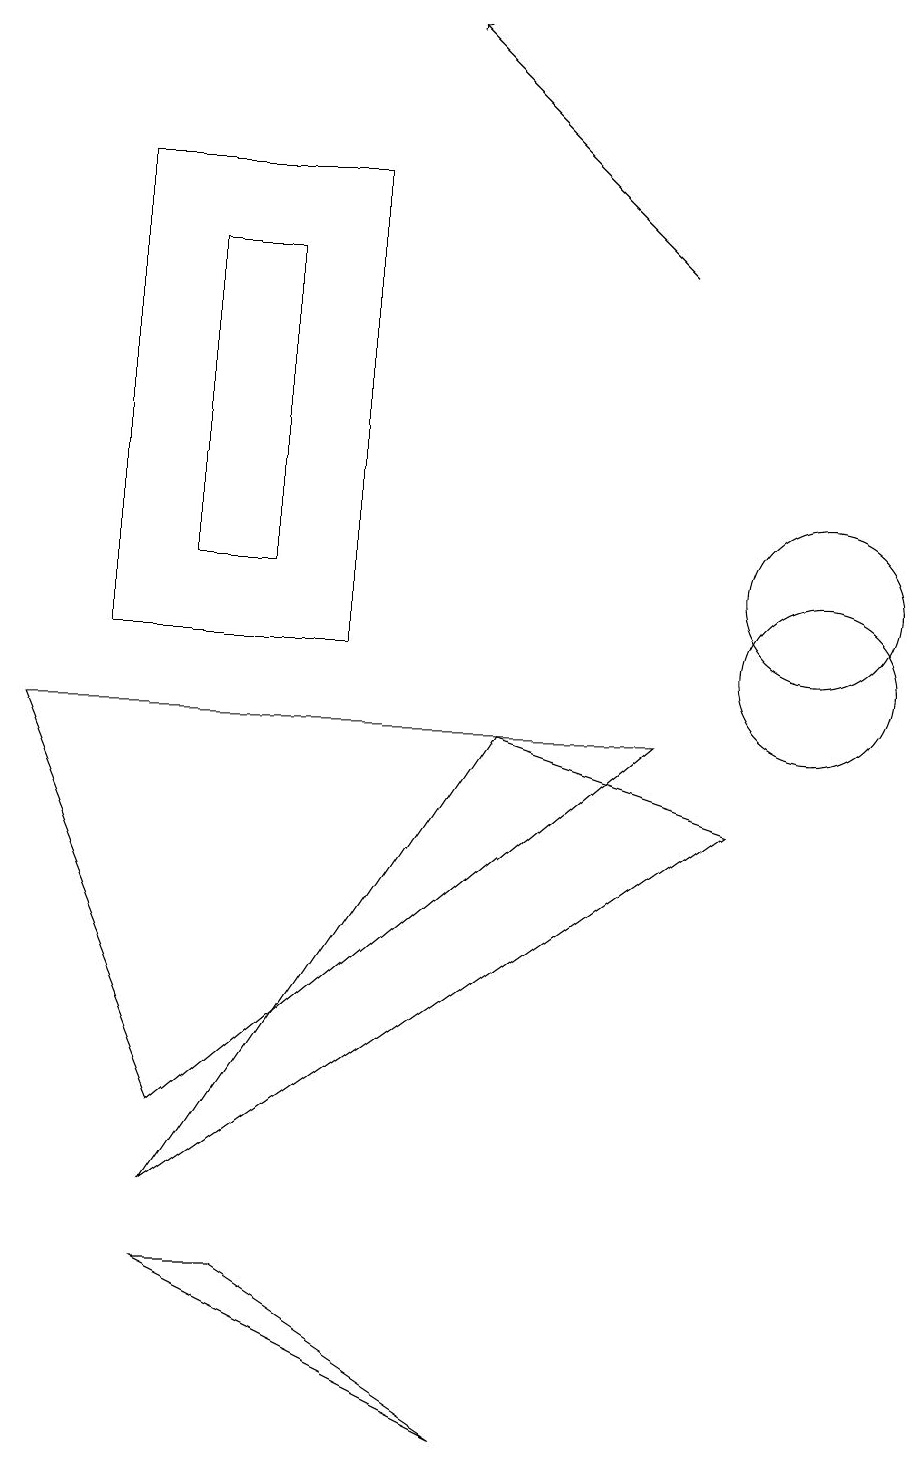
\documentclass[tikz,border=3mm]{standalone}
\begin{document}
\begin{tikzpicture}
\draw[->] (8,15) -- (5,18);
\draw (3,15) rectangle (2,11);
\draw (10,11) circle (1);
\draw (1,10) rectangle (4,16);
\draw (8,9) -- (0,9) -- (2,4) -- cycle;
\draw (10,10) circle (1);
\draw (6,0) -- (2,2) -- (3,2) -- cycle;
\draw (9,8) -- (6,9) -- (2,3) -- cycle;
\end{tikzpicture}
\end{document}